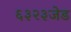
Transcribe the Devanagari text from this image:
६३२३जेड